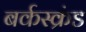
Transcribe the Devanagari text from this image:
बर्कस्क्रंड